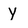
Character: Y